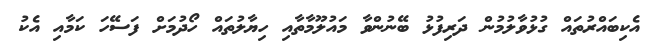
އެކިބައްރުތައް ގުޅުވާލުމުން ދަރިފުޅު ބޭނުންވާ މައުލޫމާތާއި ހިޔާލުތައް ހޯދުމަށް ފަސޭހަ ކަމާއި އެކު